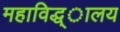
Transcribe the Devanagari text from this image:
महाविद्ध्ालय